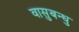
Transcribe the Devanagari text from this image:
वासुबन्धु